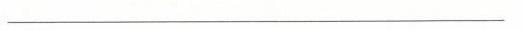
___